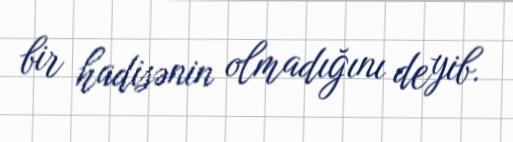
bir hadisənin olmadığını deyib.